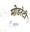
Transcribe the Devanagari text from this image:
मोडरेटी